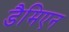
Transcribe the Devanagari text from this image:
डैमिएन